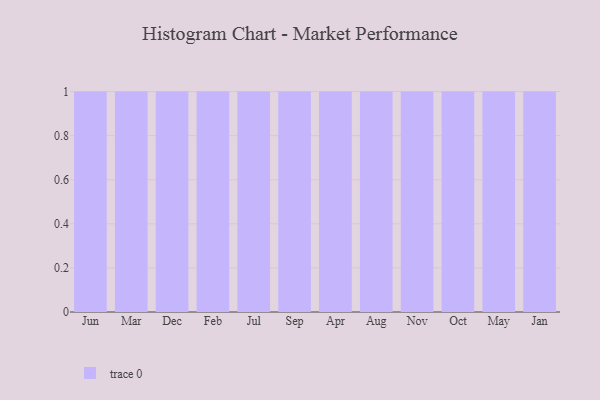
{"axis": {"x": "Month", "y": "Active Users"}, "legend": [""], "data": [{"x": "Jun", "y": 58, "type": ""}, {"x": "Mar", "y": 32, "type": ""}, {"x": "Dec", "y": 78, "type": ""}, {"x": "Feb", "y": 28, "type": ""}, {"x": "Jul", "y": 88, "type": ""}, {"x": "Sep", "y": 41, "type": ""}, {"x": "Apr", "y": 85, "type": ""}, {"x": "Aug", "y": 7, "type": ""}, {"x": "Nov", "y": 61, "type": ""}, {"x": "Oct", "y": 92, "type": ""}, {"x": "May", "y": 58, "type": ""}, {"x": "Jan", "y": 14, "type": ""}]}